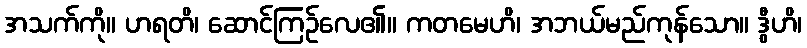
အသက်ကို။ ဟရတိ၊ ဆောင်ကြဉ်လေ၏။ ကတမေဟိ၊ အဘယ်မည်ကုန်သော။ ဒွီဟိ၊